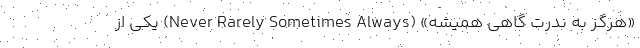
«هرگز به ندرت گاهی همیشه» (Never Rarely Sometimes Always) یکی از